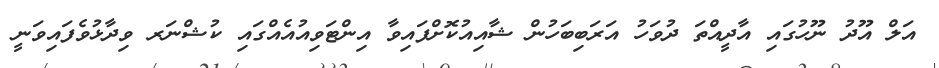
އަލް އޫދު ނޫހުގައި އާދީއްތަ ދުވަހު އަރަބިބަހުން ޝާއިއުކޮށްފައިވާ އިންޓަވިއުއެއްގައި ކުޝްނަރ ވިދާޅުވެފައިވަނީ